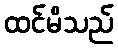
ထင်မိသည်